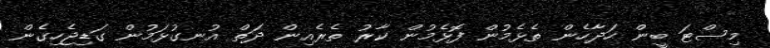
މިސްޓަ ބީން ހަދާހެން ތެޅެމުން ފޮޅެމުން ކާރު ތެރެއިން ދަތް އުނގުޅަމުން ގަޑިޖެހިގެން